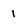
Character: 1